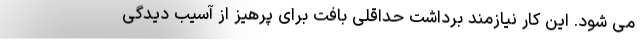
می شود. این کار نیازمند برداشت حداقلی بافت برای پرهیز از آسیب دیدگی